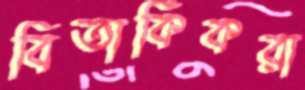
বিতার্কিকরা